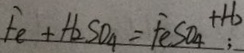
F e + H _ { 2 } S O _ { 4 } = F e S O _ { 4 } + H _ { O }